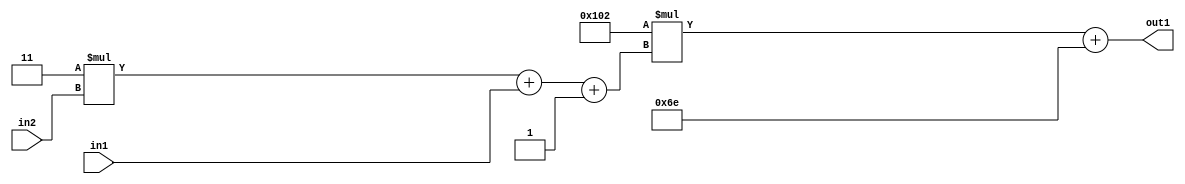
`timescale 1ps / 1ps
/*****************************************************************************
    Verilog RTL Description
    
    
    Created by: Stratus DpOpt 2019.1.01 
*******************************************************************************/

module DC_Filter_Add2i110Mul2i258Add3i1u1Mul2i3u2_1 (
	in2,
	in1,
	out1
	); /* architecture "behavioural" */ 
input [1:0] in2;
input  in1;
output [11:0] out1;
wire [11:0] asc001;
wire [3:0] asc002;

wire [3:0] asc002_tmp_0;
wire [3:0] asc002_tmp_1;
assign asc002_tmp_1 = 
	+(4'B0011 * in2);
assign asc002_tmp_0 = asc002_tmp_1
	+(in1);
assign asc002 = asc002_tmp_0
	+(4'B0001);

wire [11:0] asc001_tmp_2;
assign asc001_tmp_2 = 
	+(12'B000100000010 * asc002);
assign asc001 = asc001_tmp_2
	+(12'B000001101110);

assign out1 = asc001;
endmodule

/* CADENCE  vrTwQwg= : u9/ySgnWtBlWxVPRXgAZ4Og= ** DO NOT EDIT THIS LINE ******/